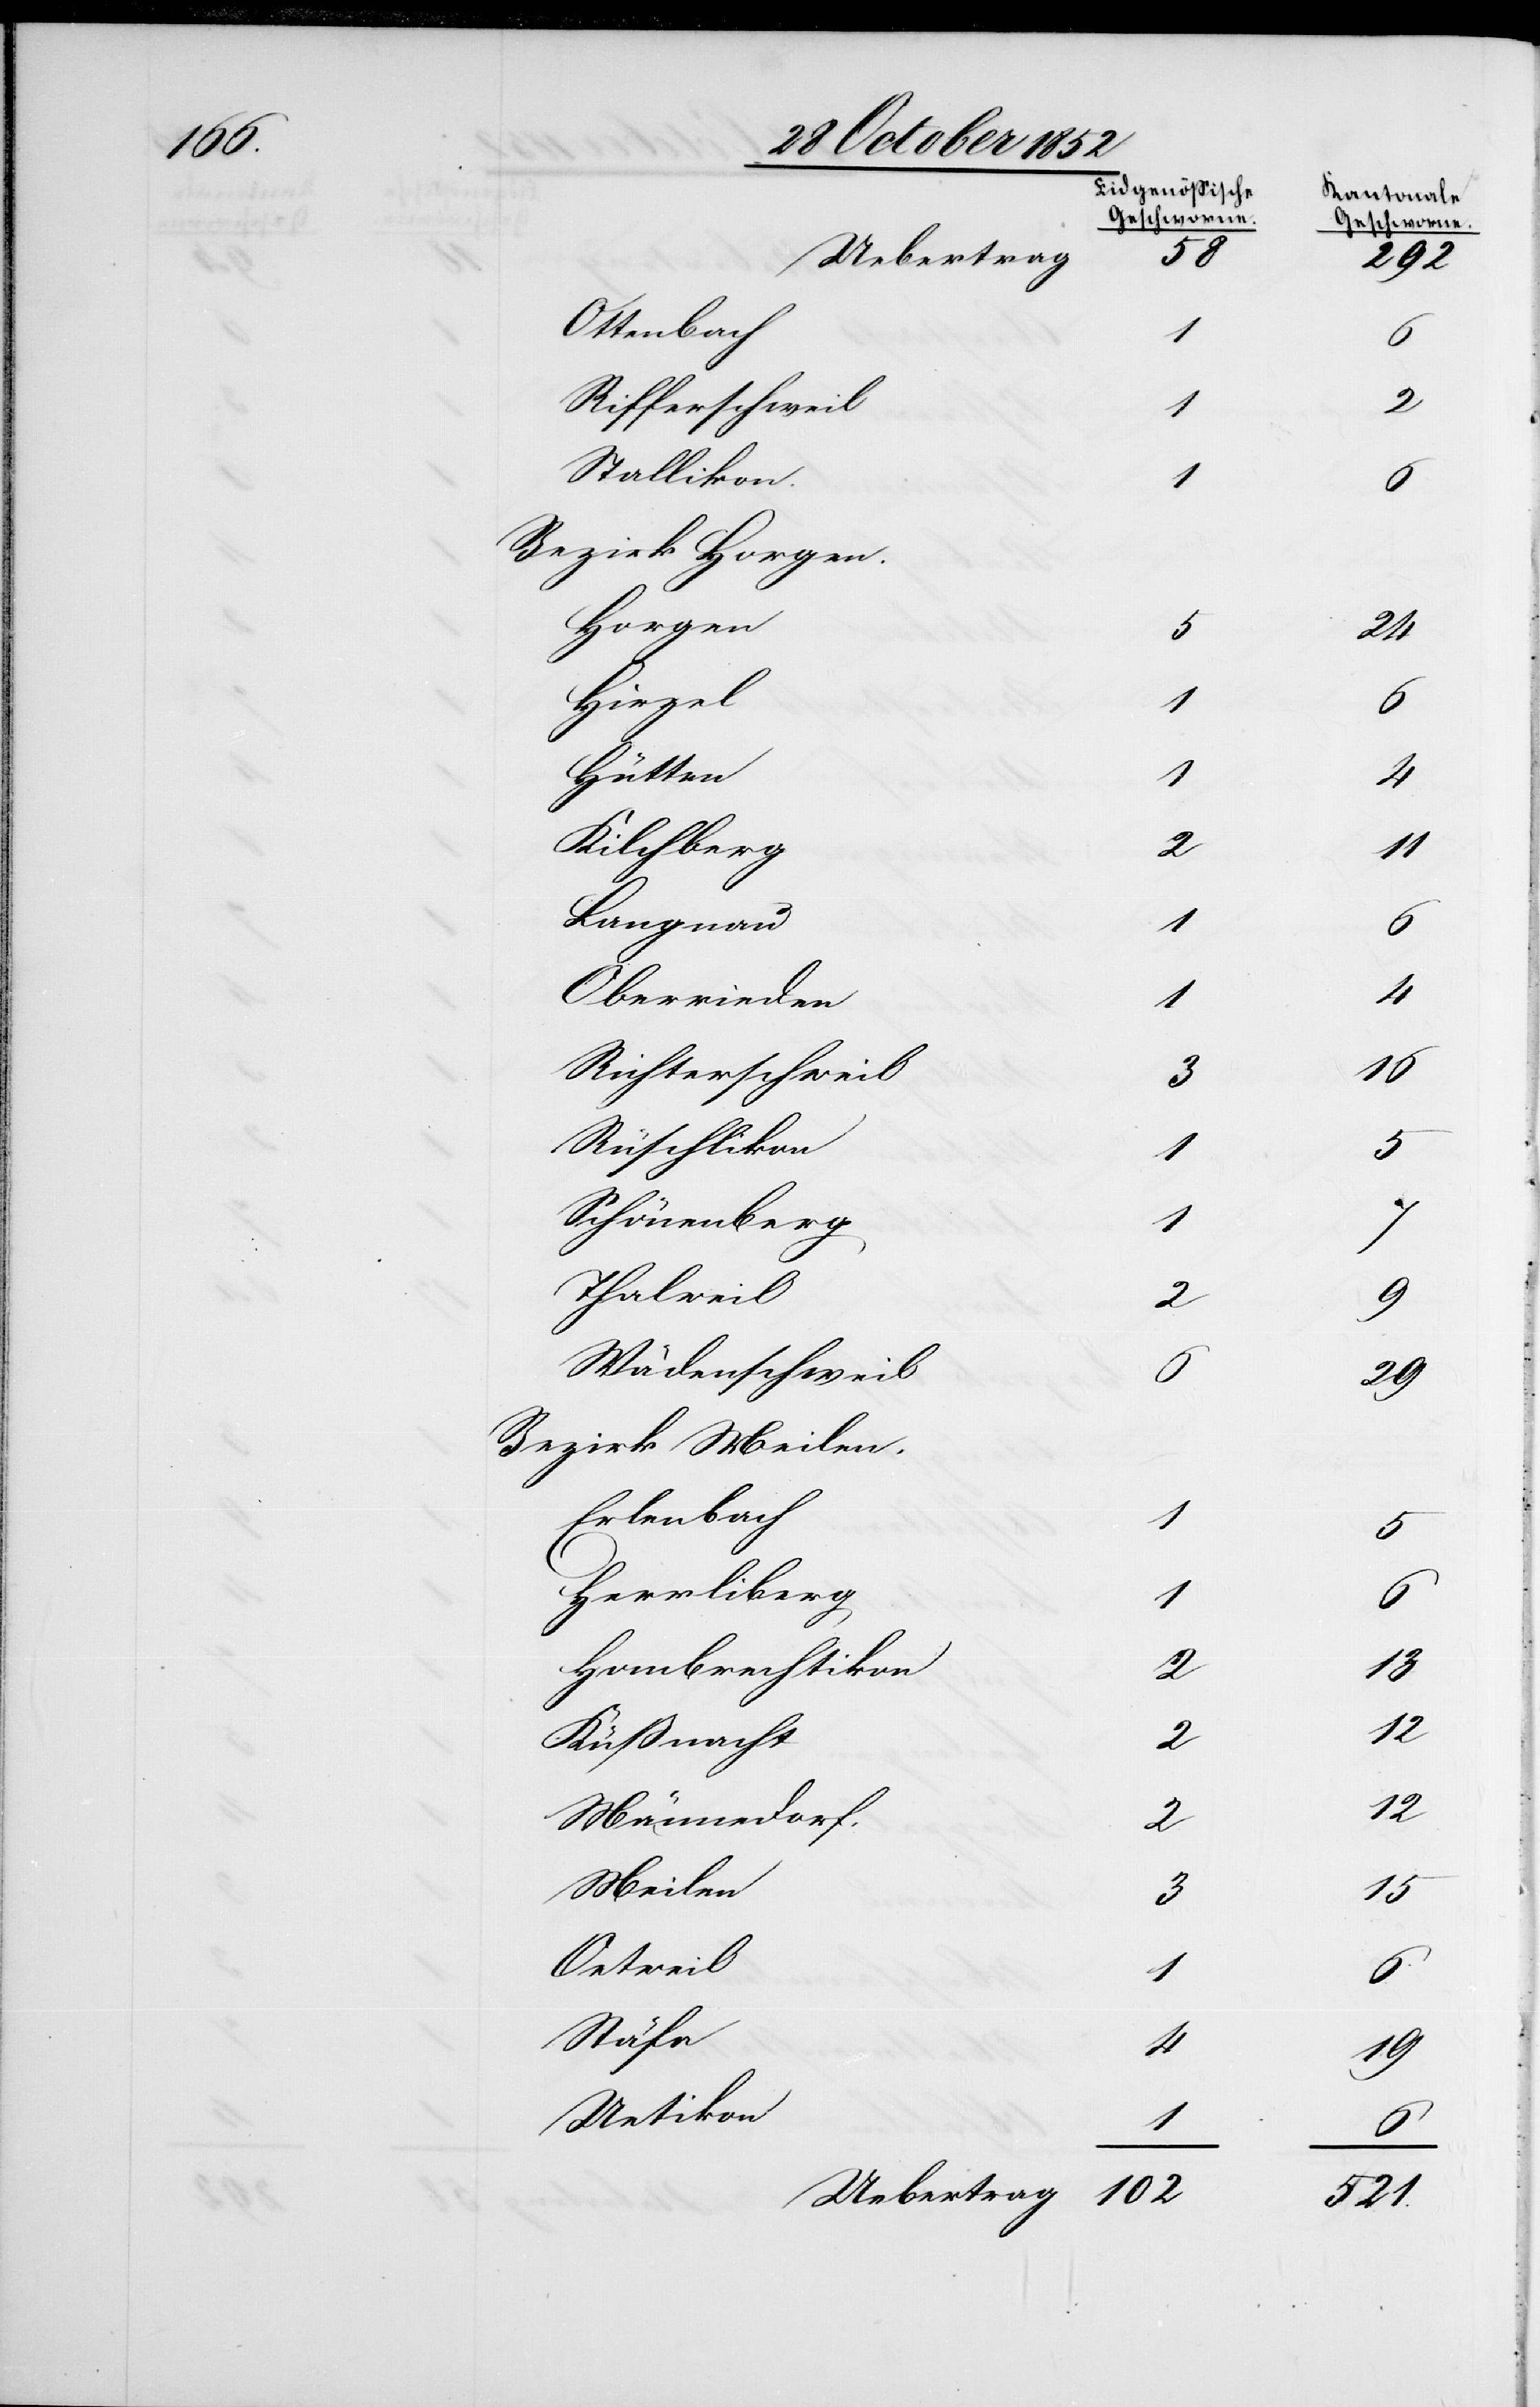
102

Uebertrag
Ottenbach
1
Rifferschweil
Stallikon.
1
Bezirk Horgen.
Horgen
Hirzel
1
Hütten
4
Kilchberg
2
Langnau
Oberrieden
4
Richterschweil
3
Rüschlikon
Schönenberg
7
Thalweil
Wädenschweil
Bezirk Meilen.
Erlenbach
Herrliberg
1
Hombrechtikon
2
Küßnacht
Männedorf.
2
Meilen
3
Oetweil
1
Stäfa
Uetikon

4
1
5
6
29
2
15
521.